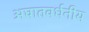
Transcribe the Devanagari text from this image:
अघातवर्धनीय